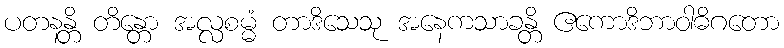
ပတနန္တိ တိန္တော အလ္လစမ္မံ တာဒိသေသု အနေကသာခန္တိ ဧကောဒိဘာဝါဓိဂတော